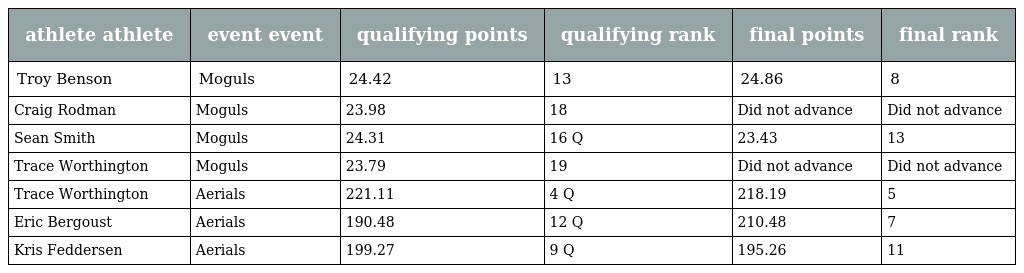
| athlete athlete | event event | qualifying points | qualifying rank | final points | final rank |
 | --- | --- | --- | --- | --- | --- |
 | Troy Benson | Moguls | 24.42 | 13 | 24.86 | 8 |
 | Craig Rodman | Moguls | 23.98 | 18 | Did not advance | Did not advance |
 | Sean Smith | Moguls | 24.31 | 16 Q | 23.43 | 13 |
 | Trace Worthington | Moguls | 23.79 | 19 | Did not advance | Did not advance |
 | Trace Worthington | Aerials | 221.11 | 4 Q | 218.19 | 5 |
 | Eric Bergoust | Aerials | 190.48 | 12 Q | 210.48 | 7 |
 | Kris Feddersen | Aerials | 199.27 | 9 Q | 195.26 | 11 |